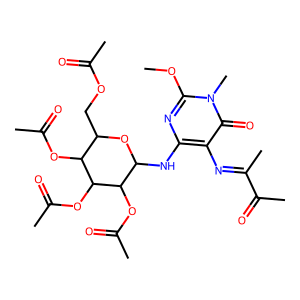
SMILES: COc1nc(NC2OC(COC(C)=O)C(OC(C)=O)C(OC(C)=O)C2OC(C)=O)c(N=C(C)C(C)=O)c(=O)n1C
Inhibits HIV replication: No